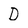
Character: D